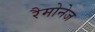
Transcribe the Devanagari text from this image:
रैमोनेज